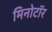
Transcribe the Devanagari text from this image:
मिनोटॉर